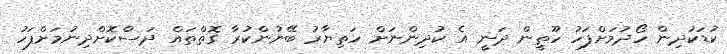
ކުޑަކުދިން ހޯދުމަށްފަހު ހޫތީން ދަނީ އެ ކުދިންނަށް ހަތިޔާރު ބޭނުންކުރާ ގޮތްތައް ދަސްކޮށްދިނުމަށްފަހު